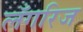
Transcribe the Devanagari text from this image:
लँगरिज